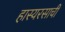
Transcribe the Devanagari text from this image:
हास्यरसाची